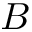
B